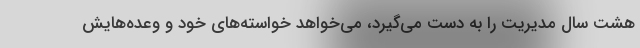
هشت سال مدیریت را به دست می‌گیرد، می‌خواهد خواسته‌های خود و وعده‌هایش